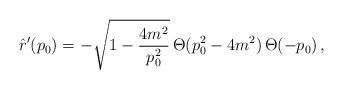
LaTeX: \begin{align*}\hat{r}'(p_0)=-\sqrt{1-\frac{4m^2}{p_0^2}}\,\Theta(p_0^2-4m^2)\,\Theta(-p_0)\,,\end{align*}